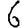
Digit: 6